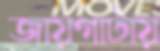
জায়গাটায়